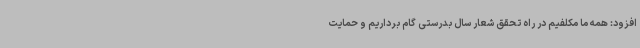
افزود: همه ما مکلفیم در راه تحقق شعار سال بدرستی گام برداریم و حمایت